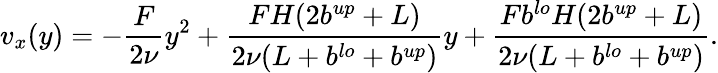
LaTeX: v_{x}(y)=-\frac{F}{2\nu}y^{2}+\frac{FH(2b^{up}+L)}{2\nu(L+b^{lo}+b^{up})}y+\frac{Fb^{lo}H(2b^{up}+L)}{2\nu(L+b^{lo}+b^{up})}.